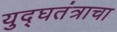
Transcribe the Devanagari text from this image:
युद्घतंत्राचा